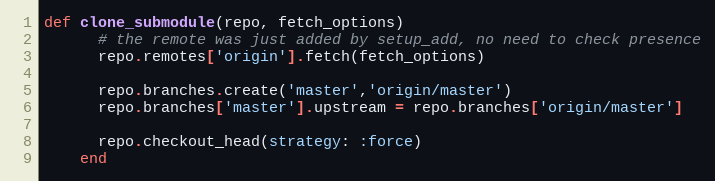
Language: Ruby
def clone_submodule(repo, fetch_options)
      # the remote was just added by setup_add, no need to check presence
      repo.remotes['origin'].fetch(fetch_options)

      repo.branches.create('master','origin/master')
      repo.branches['master'].upstream = repo.branches['origin/master']

      repo.checkout_head(strategy: :force)
    end